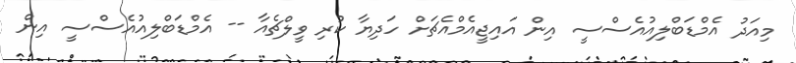
މިއަދު އެމްޑަބްލިއުއެސްސީ އިން އައިޖީއެމްއެޗަށް ހަދިޔާ ކުރި ވީލްޗެއާ -- އެމްޑަބްލިއުއެސްސީ އިން